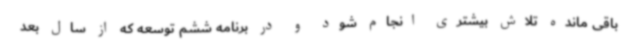
باقی مانده تلاش بیشتری انجام شود و در برنامه ششم توسعه که از سال بعد